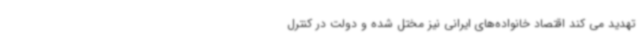
تهدید می کند اقتصاد خانواده‌های ایرانی نیز مختل شده و دولت در کنترل